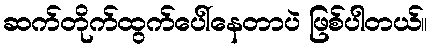
ဆက်တိုက်ထွက်ပေါ်နေတာပဲ ဖြစ်ပါတယ်။